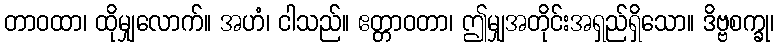
တာဝထာ၊ ထိုမျှလောက်။ အဟံ၊ ငါသည်။ ဧတ္တာဝတာ၊ ဤမျှအတိုင်းအရှည်ရှိသော။ ဒိဗ္ဗစက္ခု၊